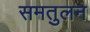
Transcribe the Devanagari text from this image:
समतुलन